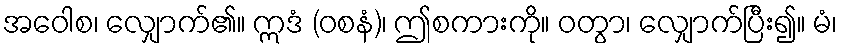
အဝေါစ၊ လျှောက်၏။ ဣဒံ (ဝစနံ)၊ ဤစကားကို။ ဝတွာ၊ လျှောက်ပြီး၍။ မံ၊